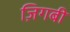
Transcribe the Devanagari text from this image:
ज़िगबी